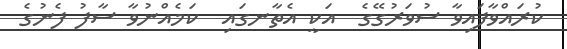
ކުރައްވާފައިވާ ސުވަރުގޭގެ  އަކީ އެތާނގައި  ކަމެއްނުވާ ސާފު ފެނުގެ